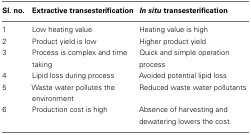
| Sl. no. | Extractive transesterification | In situ transesterification |
 | --- | --- | --- |
 | 1 | Low heating value | Heating value is high |
 | 2 | Product yield is low | Higher product yield |
 | 3 | Process is complex and time taking | Quick and simple operation process |
 | 4 | Lipid loss during process | Avoided potential lipid loss |
 | 5 | Waste water pollutes the environment | Reduced waste water pollutants |
 | 6 | Production cost is high | Absence of harvesting and dewatering lowers the cost |